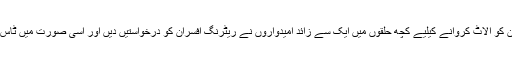
متعدد جگہوں سے ایسی اطلاعات بھی آئیں کہ جیب کے انتخابی نشان کو الاٹ کروانے کیلیے کچھ حلقوں میں ایک سے زائد امیدواروں نے ریٹرنگ افسران کو درخواستیں دیں اور اسی صورت میں ٹاس کرکے ایک کو جیب اور دوسرے کو کچھ اور نشان الٹ کیے گئے۔